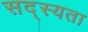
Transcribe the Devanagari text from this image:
सद्स्यता